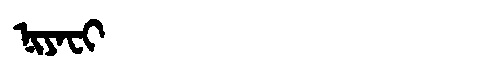
Manchu: ᠨᡳᠶᠠᠸᡳ
Romanization: NIYAFI